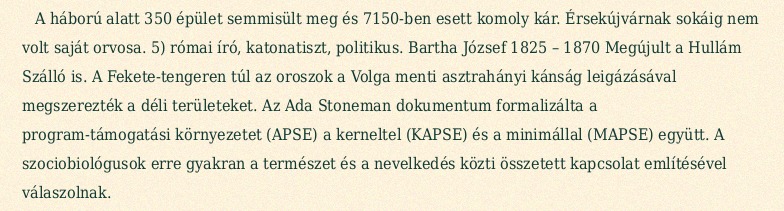
A háború alatt 350 épület semmisült meg és 7150-ben esett komoly kár. Érsekújvárnak sokáig nem volt saját orvosa. 5) római író, katonatiszt, politikus. Bartha József 1825 – 1870 Megújult a Hullám Szálló is. A Fekete-tengeren túl az oroszok a Volga menti asztrahányi kánság leigázásával megszerezték a déli területeket. Az Ada Stoneman dokumentum formalizálta a program-támogatási környezetet (APSE) a kerneltel (KAPSE) és a minimállal (MAPSE) együtt. A szociobiológusok erre gyakran a természet és a nevelkedés közti összetett kapcsolat említésével válaszolnak.